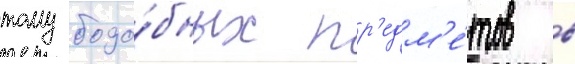
тому подо́бных пр'едм'е́тов в